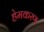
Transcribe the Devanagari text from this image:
हेमकरण